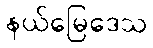
နယ်မြေဒေသ